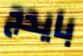
بايدج